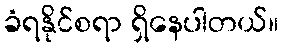
ခံရနိုင်စရာ ရှိနေပါတယ်။